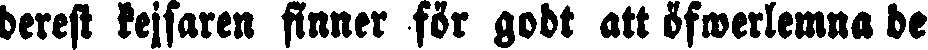
derest kejsaren finner för godt att öfwerlemna de